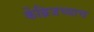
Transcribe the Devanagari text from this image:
केंब्रिजच्याच